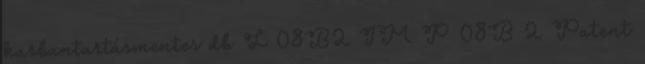
karbantartásmentes db L 08B2 IM P 08B 2 Patent